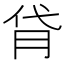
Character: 𦙯